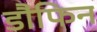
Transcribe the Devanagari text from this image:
डौफिन